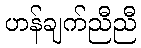
ဟန်ချက်ညီညီ